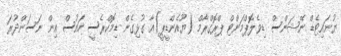
ޔުނައިޓެޑް ނޭޝަންސް ޑިވެލޮޕްމަންޓް ޕްރޮގްރާމް (ޔޫއެންޑީޕީ)އާ ގުޅިގެން ޑިމޮކްރެސީ ހައުސް އިން ނަސަންދުރަ